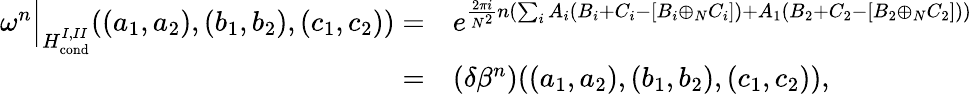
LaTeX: \begin{array}{rl}{\omega^{n}\Big|_{H_{\mathrm{cond}}^{I,II}}((a_{1},a_{2}),(b_{1},b_{2}),(c_{1},c_{2}))=}&{e^{\frac{2\pi i}{N^{2}}n\left(\sum_{i}A_{i}(B_{i}+C_{i}-[B_{i}\oplus_{N}C_{i}])+A_{1}(B_{2}+C_{2}-[B_{2}\oplus_{N}C_{2}])\right)}}\\ {=}&{(\delta\beta^{n})((a_{1},a_{2}),(b_{1},b_{2}),(c_{1},c_{2})),}\end{array}